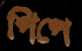
পিপে